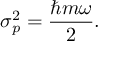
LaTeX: \sigma _ { p } ^ { 2 } = { \frac { \hbar m \omega } { 2 } } .